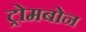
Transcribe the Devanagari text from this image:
ट्रोमबोन